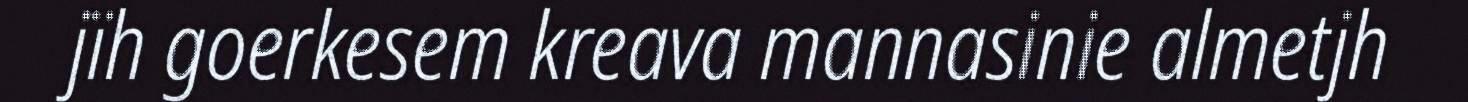
jïh goerkesem kreava mannasinie almetjh